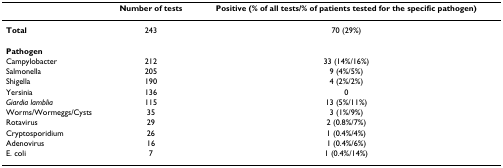
|  | Number of tests | Positive (% of all tests/% of patients tested for the specific pathogen) |
 | --- | --- | --- |
 | Total | 243 | 70 (29%) |
 | Pathogen |  |  |
 | Campylobacter | 212 | 33 (14%/16%) |
 | Salmonella | 205 | 9 (4%/5%) |
 | Shigella | 190 | 4 (2%/2%) |
 | Yersinia | 136 | 0 |
 | Giardia lamblia | 115 | 13 (5%/11%) |
 | Worms/Wormeggs/Cysts | 35 | 3 (1%/9%) |
 | Rotavirus | 29 | 2 (0.8%/7%) |
 | Cryptosporidium | 26 | 1 (0.4%/4%) |
 | Adenovirus | 16 | 1 (0.4%/6%) |
 | E. coli | 7 | 1 (0.4%/14%) |